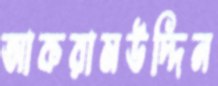
আকরামউদ্দিন